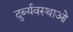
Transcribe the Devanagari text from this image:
दुर्ब्यवस्थाओ